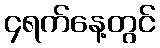
၄ရက်နေ့တွင်